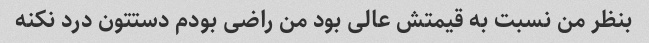
بنظر من نسبت به قیمتش عالی بود من راضی بودم دستتون درد نکنه